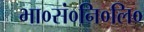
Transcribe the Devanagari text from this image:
भा०सं०नि०लि०